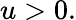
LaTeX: u>0.